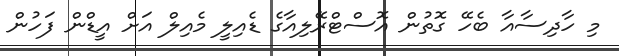
މި ހާދިސާއާ ބެހޭ ގޮތުން އޮސްޓްރޭލިއާގެ ޑެއިލީ މެއިލް އަށް އީޑްން ފަހުން